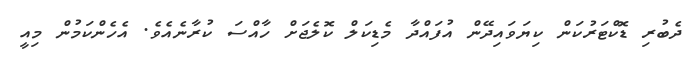
ދެބުރި ޑޮކްޓަރުކަން ކިޔަވައިދޭން އުފައްދާ މެޑިކަލް ކޮލެޖަށް ހާއްސަ ކުރާނެއެވެ. އެހެންކަމުން މިއީ